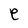
Character: e